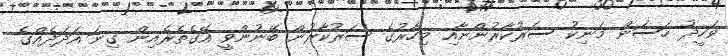
ވަހީދު ހަސަން މަނިކު ސަރުކާރުންނާއި މިހާރުގެ ސަރުކާރުން ބޭނުންވީ އޭގެތެރެއިން ގިނަ އަދަދެއްގެ